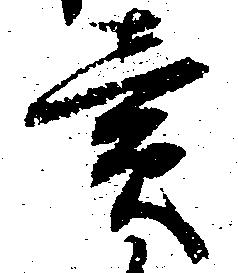
売